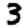
Digit: 3